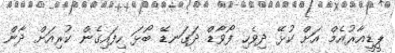
ޕީޑީއާރުއެމް އަށް ކުޅޭ ދިވެހި ފޯވާޑް ދަގަނޑޭ ބޯޅަ ހިފައިގެން ކުރިއަށް ދާން